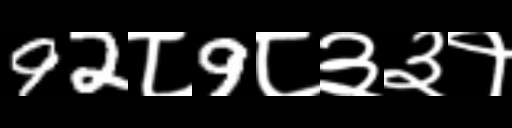
Text: 92८9८३३१